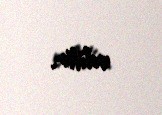
edilir.